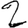
Digit: 2